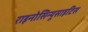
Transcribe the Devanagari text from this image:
राइनोसिन्यूसाइटिस